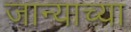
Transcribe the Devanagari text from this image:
जान्याच्या